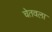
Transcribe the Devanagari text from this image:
चेतवला